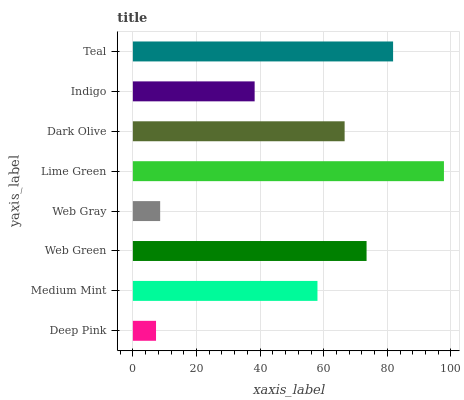
| yaxis_label | bars |
 | --- | --- |
 | Deep Pink | 7.28 |
 | Medium Mint | 58 |
 | Web Green | 73.5 |
 | Web Gray | 8.58 |
 | Lime Green | 97.8 |
 | Dark Olive | 66.6 |
 | Indigo | 38.3 |
 | Teal | 81.8 |